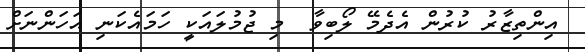
އިންތިޒާރު ކުރުން އެދެމޭ ލޯބިވާ  މި ޖުމުލައަކީ ހަމައެކަނި އަހަންނަށް